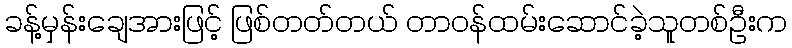
ခန့်မှန်းချေအားဖြင့် ဖြစ်တတ်တယ် တာဝန်ထမ်းဆောင်ခဲ့သူတစ်ဦးက